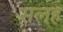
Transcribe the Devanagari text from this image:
सलह